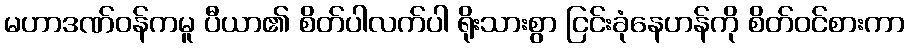
မဟာဒဏ်ဝန်ကမူ ပီယာ၏ စိတ်ပါလက်ပါ ရိုးသားစွာ ငြင်းခုံနေဟန်ကို စိတ်ဝင်စားကာ